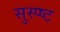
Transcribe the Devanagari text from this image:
सुस्प्ष्ट